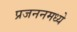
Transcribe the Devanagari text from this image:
प्रजननमध्ये